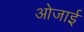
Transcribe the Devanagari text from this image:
ओजाई